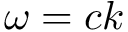
\omega = c k